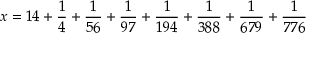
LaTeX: x = 1 4 + { \frac { 1 } { 4 } } + { \frac { 1 } { 5 6 } } + { \frac { 1 } { 9 7 } } + { \frac { 1 } { 1 9 4 } } + { \frac { 1 } { 3 8 8 } } + { \frac { 1 } { 6 7 9 } } + { \frac { 1 } { 7 7 6 } }